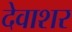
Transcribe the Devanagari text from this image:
देवाशर